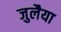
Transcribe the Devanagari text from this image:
जुलैया